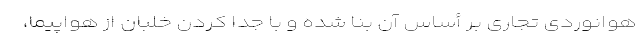
هوانوردی تجاری بر أساس آن بنا شده و با جدا کردن خلبان از هواپیما،